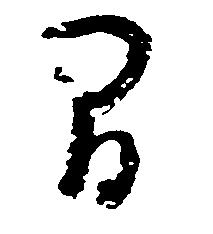
間